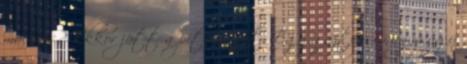
macerás? Ekkor jött a pite ötlet. Egy gáztepsi nagyságú